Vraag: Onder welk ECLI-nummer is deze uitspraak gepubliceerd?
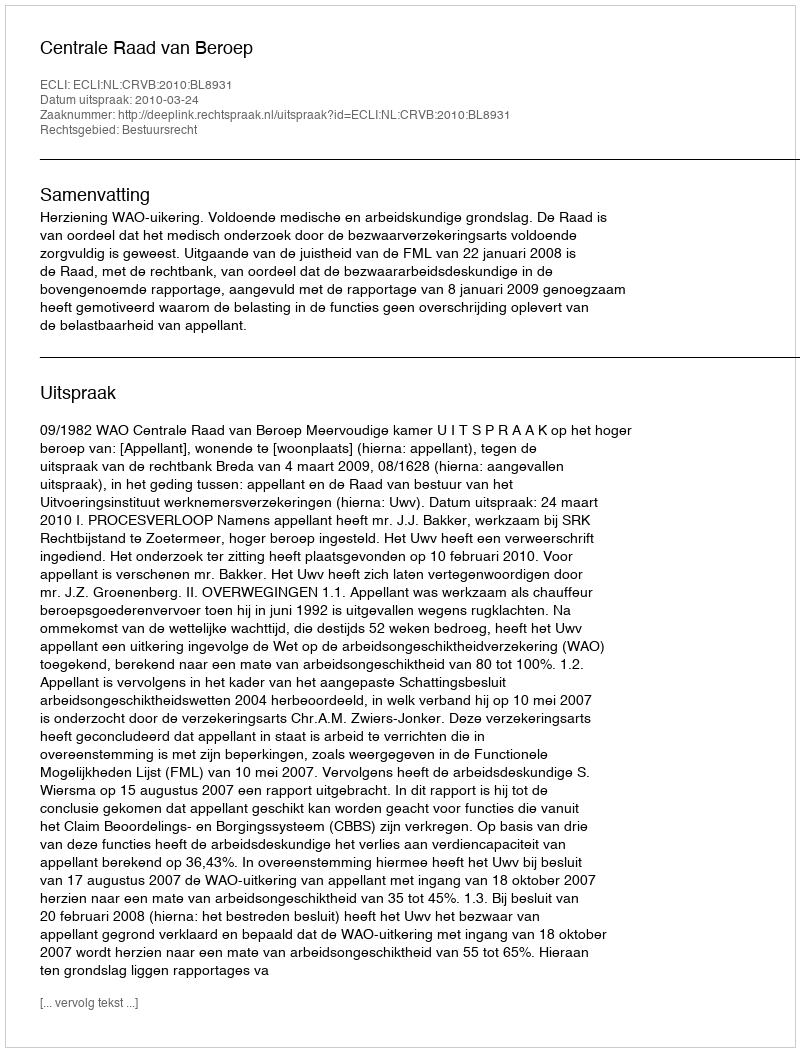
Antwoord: ECLI:NL:CRVB:2010:BL8931